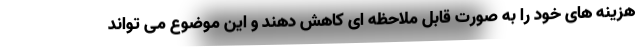
هزینه های خود را به صورت قابل ملاحظه ای کاهش دهند و این موضوع می تواند